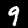
Digit: 9